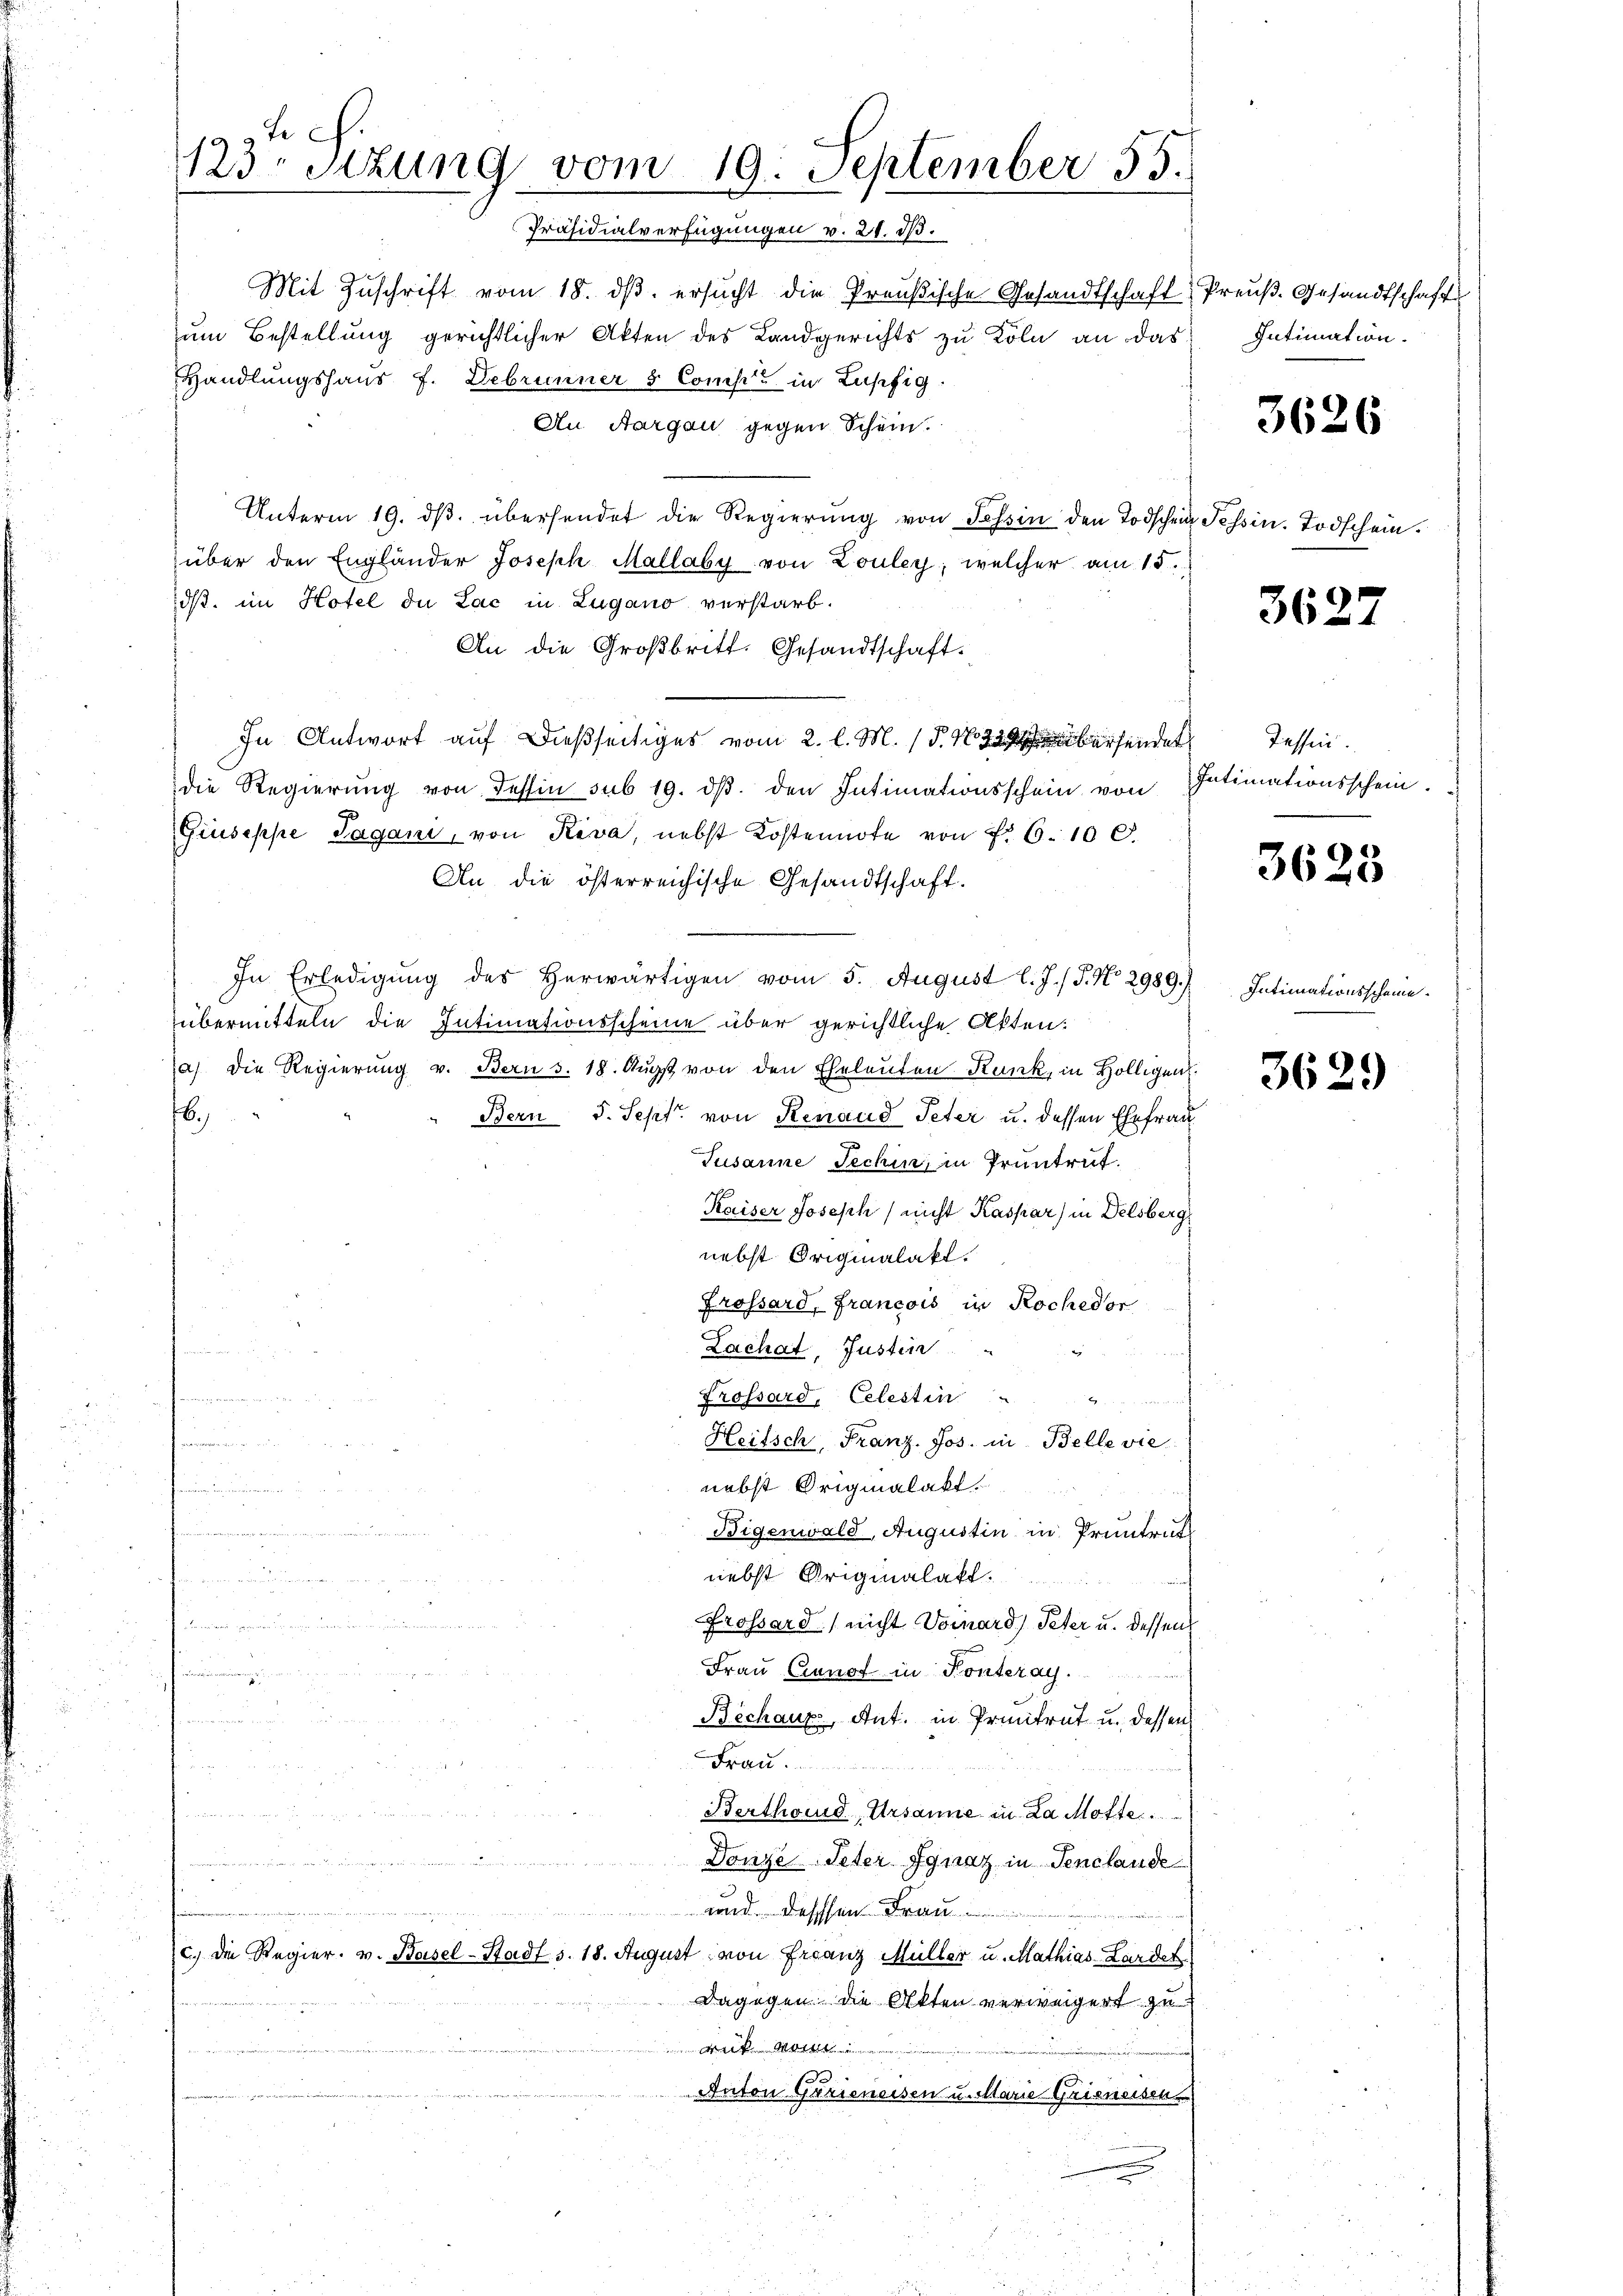
te
123. Sitzung vom 19. September 55.
Präsidialverfügungen v. 21. ds.

Mit Zŭschrift vom 18. dβ. ersŭcht die Preußische Gesandtschaft Preuß. Gesandtschafts
um Bestellung gerichtlicher Akten des Landgerichts zu Köln an das
Handlungshaus f. Debrunner 5 Comp. in Lupfig
An Aargau gegen Schein.
Unterm 19. dβ. übersendet die Regierŭng von Tessin den Todschen Tessin. Todschein.
über den Engländer Joseph Mallaby von Louley, welcher am 15.
dß. im Hotel du Lac in Lugano verstarb.
An die Großbritt. Gesandtschaft.
In Antwort auf dießseitiges vom 2. l. M. (§. 163 berenden Tessin.
die Regierung von Tessin sub 19. dβ den Intimationsschein von
Giuseppe Pagani, von Riva, nebst Kostennote von Nr. 6. 100.
An die österreichische Gesandtschaft.
In Erledigung des herwärtigen vom 5. August l. J. J. No. 2989.
übermitteln die Intimationsscheine über gerichtliche Akten:
(a) die Regierung v. Bern s. 18. Aŭgst von den Eheleuten Kunk, in Hölligen
Bern J. Sept. von Renaud Peter u. dessen Ehefrau
6.)
Tusanne Techin, in Pruntrut.
Kaiser Joseph / nicht Kaspar) in Delsberg
nebst Originalakt.
Grossard, francois in Rochedor
Zachat, Justiz

Frossard, Celestin

örung er
Heitsch, Franz. Jos. in Belle vie
nebst Originalakt.

.
Bigenwald, Augustin in Pruntruk
nebst Originalatt.

Grossard, nicht Vornard, Peter u. dessen
 ..  ..
Frau Cranot in Konteray.
 n 51 und 11 und verdingt des 2
 d
n
Bechaux, Ant. in Priitrat u. dessen
a
up der
s
Bertheid, Ursanne in La Motte
ämungen stimmen in der nirungen und ankommen in Augu
Donze Peter Ignaz in Senclaude
e

und. Dessen Frau
c.) Die Regier. v. Basel-Stadts. 18. August von Franz Müller u. Mathias-Larder
dagegen die Akten verweigert zu
ret. Mon
Anton Gerieneisen u. Marie Grisneisen

Intimation.

3626

3627

Intimationsschein.

3623

Intimationsscheine.

3629